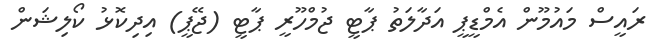
ރައީސް މައުމޫން އެމްޑީޕީ އަދާލަތު ޕާޓީ ޖުމްހޫރީ ޕާޓީ (ޖޭޕީ) އިދިކޮޅު ކޯލިޝަން